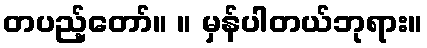
တပည့်တော်။ ။ မှန်ပါတယ်ဘုရား။